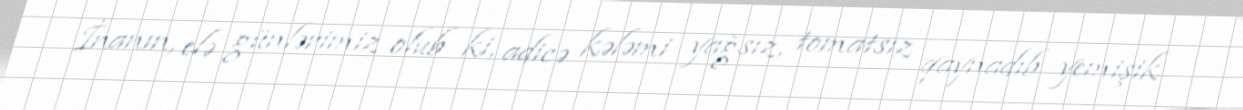
İnanın, elə günlərimiz olub ki, adicə kələmi yağsız, tomatsız qaynadıb yemişik